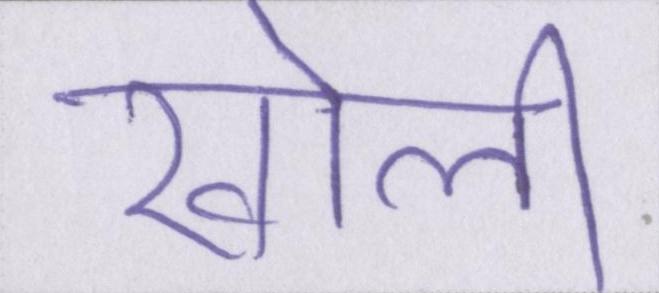
खोली